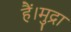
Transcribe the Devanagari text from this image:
हैं।मुद्रा